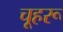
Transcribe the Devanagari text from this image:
चूहरू